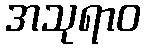
အသုရာဝ